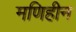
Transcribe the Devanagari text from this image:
मणिहीन